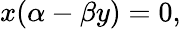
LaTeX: x(\alpha-\beta y)=0,